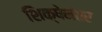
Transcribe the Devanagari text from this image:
शिक्षेनंतर